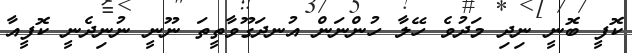
ކޮފީ ބޮނީ ނިދި މަދުވެ ހޭލާ ހުންނަން އުނދަގޫވާތީތަ ނޫނީ ނުނިދެނީ ކޮފީއާ